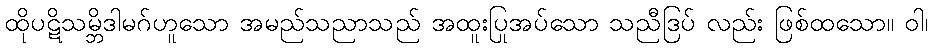
ထိုပဋိသမ္ဘိဒါမဂ်ဟူသော အမည်သညာသည် အထူးပြုအပ်သော သညီဒြပ် လည်း ဖြစ်ထသော။ ဝါ၊